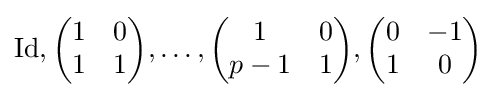
\operatorname {Id} ,{\begin{pmatrix}1&0\\1&1\end{pmatrix}},\ldots ,{\begin{pmatrix}1&0\\p-1&1\end{pmatrix}},{\begin{pmatrix}0&-1\\1&0\end{pmatrix}}